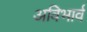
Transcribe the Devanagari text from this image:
अविभार्व